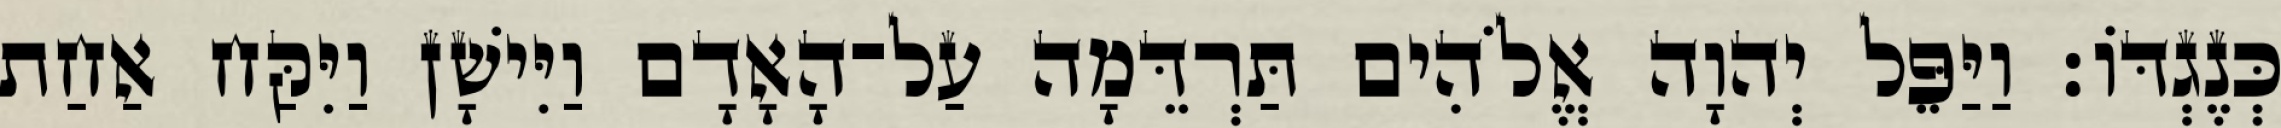
כְּנֶגְדֹּו׃ וַיַּפֵּל יְהוָה אֱלֹהִים תַּרְדֵּמָה עַל־הָאָדָם וַיִּישָׁן וַיִּקַּח אַחַת